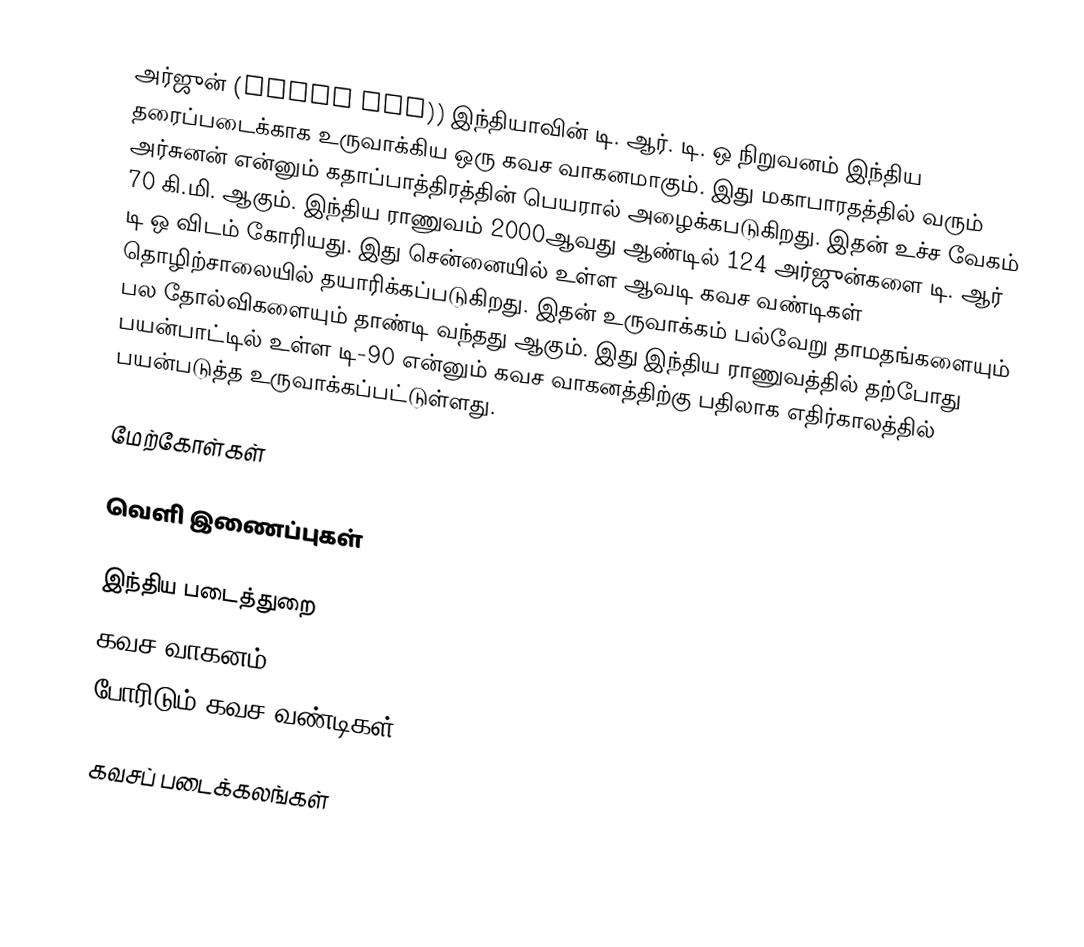
அர்ஜுன் (Arjun MBT)) இந்தியாவின் டி. ஆர். டி. ஒ நிறுவனம் இந்திய தரைப்படைக்காக உருவாக்கிய ஒரு கவச வாகனமாகும். இது மகாபாரதத்தில் வரும் அர்சுனன் என்னும் கதாப்பாத்திரத்தின் பெயரால் அழைக்கபடுகிறது. இதன் உச்ச வேகம் 70 கி.மி. ஆகும். இந்திய ராணுவம் 2000ஆவது  ஆண்டில் 124 அர்ஜுன்களை டி. ஆர் டி ஒ விடம் கோரியது. இது சென்னையில் உள்ள ஆவடி கவச வண்டிகள் தொழிற்சாலையில் தயாரிக்கப்படுகிறது. இதன் உருவாக்கம் பல்வேறு தாமதங்களையும் பல தோல்விகளையும் தாண்டி வந்தது ஆகும். இது இந்திய ராணுவத்தில் தற்போது பயன்பாட்டில் உள்ள டி-90 என்னும் கவச வாகனத்திற்கு பதிலாக எதிர்காலத்தில் பயன்படுத்த உருவாக்கப்பட்டுள்ளது.

மேற்கோள்கள்

வெளி இணைப்புகள்

இந்திய படைத்துறை
கவச வாகனம்
போரிடும் கவச வண்டிகள்

கவசப் படைக்கலங்கள்